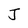
Character: J